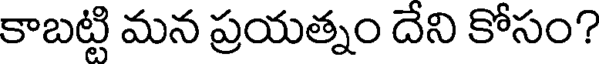
కాబట్టి మన ప్రయత్నం దేని కోసం?